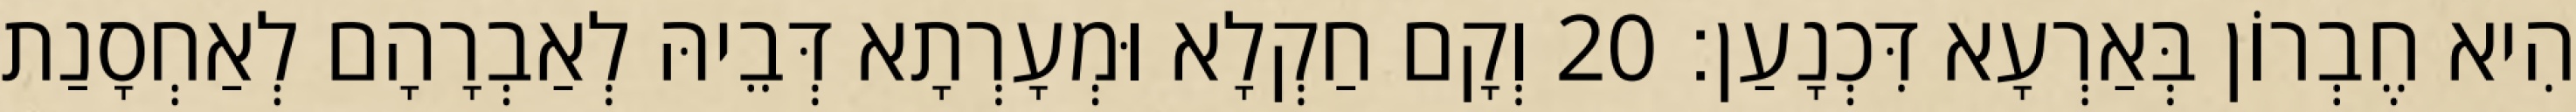
הִיא חֶבְרוֹן בְּאַרְעָא דִּכְנָעַן׃ 20 וְקָם חַקְלָא וּמְעָרְתָא דְּבֵיהּ לְאַבְרָהָם לְאַחְסָנַת